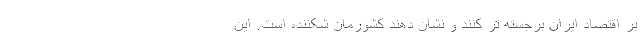
بر اقتصاد ایران برجسته تر کنند و نشان دهند کشورمان شکننده است. این